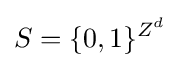
S=\{0,1\}^{Z^{d}}